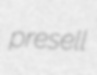
presell